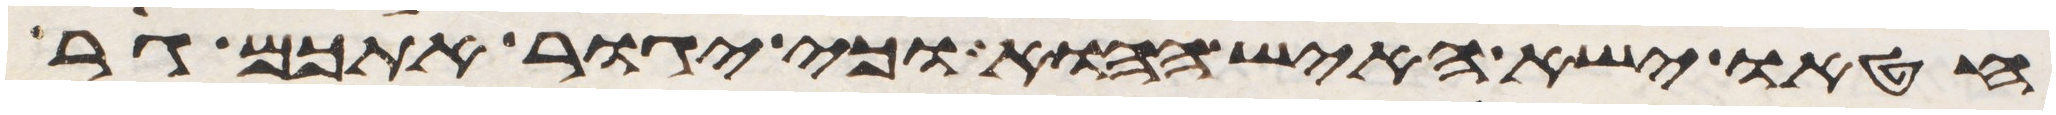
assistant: חטאו ישא האיש ההוא וכי יגור אתכם גר